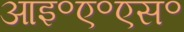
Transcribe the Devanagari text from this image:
आइ॰ए॰एस॰